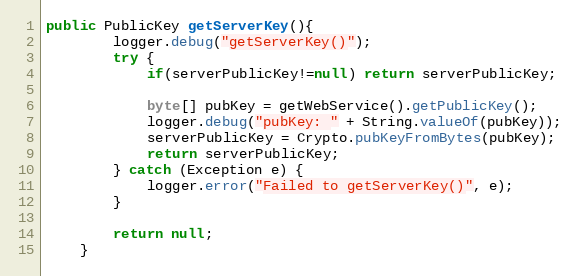
Language: Java
public PublicKey getServerKey(){
        logger.debug("getServerKey()");
        try {
            if(serverPublicKey!=null) return serverPublicKey;

            byte[] pubKey = getWebService().getPublicKey();
            logger.debug("pubKey: " + String.valueOf(pubKey));
            serverPublicKey = Crypto.pubKeyFromBytes(pubKey);
            return serverPublicKey;
        } catch (Exception e) {
            logger.error("Failed to getServerKey()", e);
        }

        return null;
    }